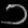
Digit: ၁